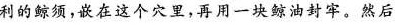
利的鲸须，嵌在这个穴里，再用一块鲸油封牢。然后